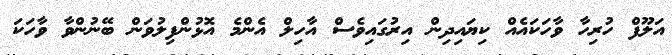
އަލޫފް ހުރިހާ ވާހަކައެއް ކިޔައިދިން އިރުގައިވެސް އާހިލް އެންމެ އޮޅުންފިލުވަން ބޭނުންވާ ވާހަކަ